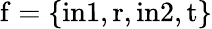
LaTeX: \mathrm{f}=\{ \mathrm{in}1,\mathrm{r},\mathrm{in}2,\mathrm{t}\}